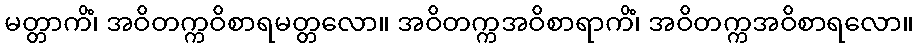
မတ္တာကိံ၊ အဝိတက္ကဝိစာရမတ္တလော။ အဝိတက္ကအဝိစာရာကိံ၊ အဝိတက္ကအဝိစာရလော။